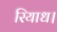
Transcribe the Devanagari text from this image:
रियाध।